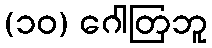
(၁၀) ဂေါတြဘူ